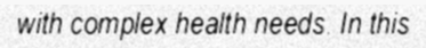
with complex health needs. In this